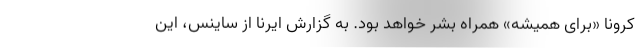
کرونا «برای همیشه» همراه بشر خواهد بود. به گزارش ایرنا از ساینس، این